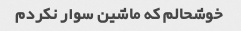
خوشحالم که ماشین سوار نکردم